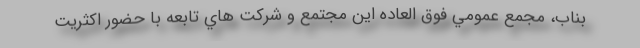
بناب، مجمع عمومي فوق العاده اين مجتمع و شركت هاي تابعه با حضور اكثريت